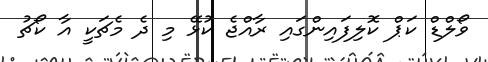
ވޯލްޑް ކަޕް ކޮލިފައިންގައި ރާއްޖެ ކުޅޭ މި ދެ މެޗަކީ އާ ކޯޗު